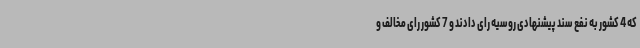
که 4 کشور به نفع سند پیشنهادی روسیه رای دادند و 7 کشور رای مخالف و